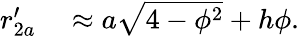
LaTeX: \begin{array}{rl}{r_{2a}^{\prime}}&{{}\approx a\sqrt{4-\phi^{2}}+h\phi.}\end{array}